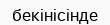
бекінісінде